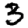
Digit: 3